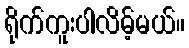
ရိုက်ကူးပါလိမ့်မယ်။